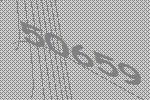
50659